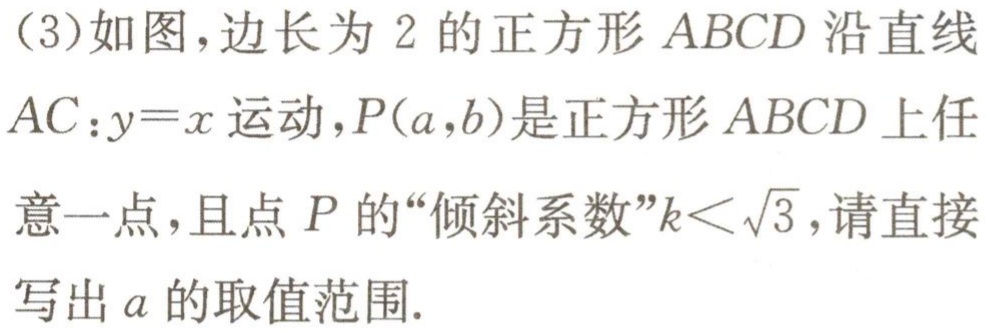
(3)如图，边长为2的正方形 \(ABCD\) 沿直线
\(AC:y = x\) 运动，\(P(a,b)\)是正方形 \(ABCD\) 上任
意一点，且点 \(P\) 的“倾斜系数”\(k<\sqrt{3}\)，请直接
写出 \(a\) 的取值范围.